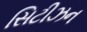
સિટીઝન